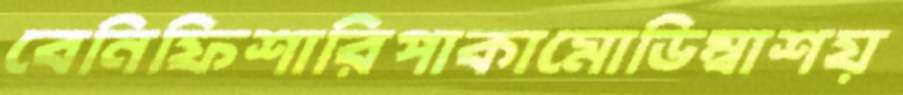
বেনিফিশারিপাকামোডিম্বাশয়